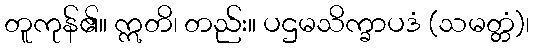
တူကုန်၏။ ဣတိ၊ တည်း။ ပဌမသိက္ခာပဒံ (သမတ္တံ)၊